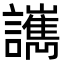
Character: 𧮄